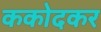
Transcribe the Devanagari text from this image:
ककोदकर